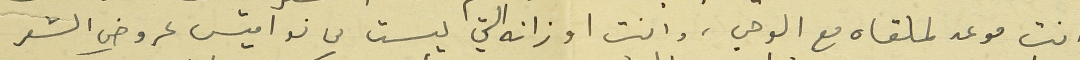
انت موعد لملقاه مع الوحي، وانت اوزانه التي ليست من نواميس عروض الشعر